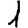
Digit: 1